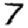
Digit: 7